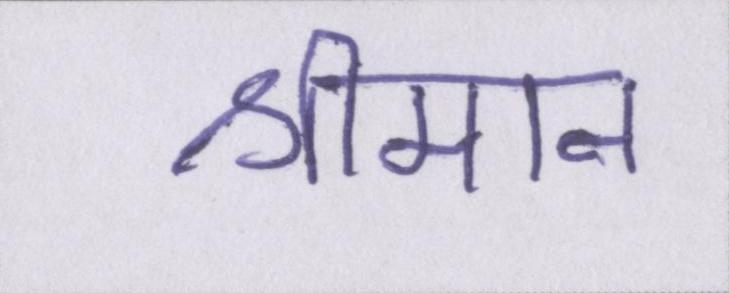
श्रीमान